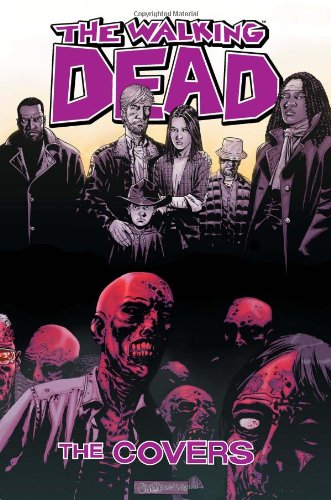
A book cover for The Walking Dead Covers Volume 1 HC; Robert Kirkman; Comics & Graphic Novels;